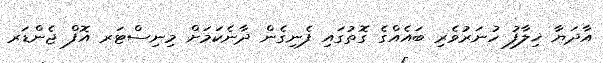
އާދަޔާ ޚިލާފު ހުނަރުވެރި ބައެއްގެ ގޮތުގައި ފެނިގެން ދާނެކަމަށް މިނިސްޓަރ އޮފް ޖެންޑަރ